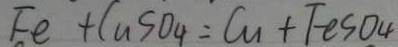
F e + C u S O _ { 4 } = C u + F e S O _ { 4 }